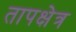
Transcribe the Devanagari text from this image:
तापक्षेत्र